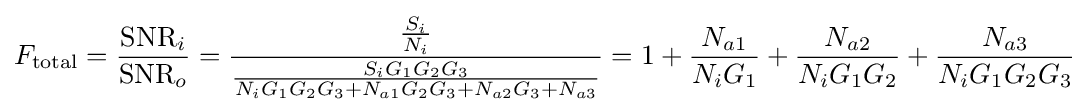
F_{\text{total}}={\frac {{\text{SNR}}_{i}}{{\text{SNR}}_{o}}}={\frac {\frac {S_{i}}{N_{i}}}{\frac {S_{i}G_{1}G_{2}G_{3}}{N_{i}G_{1}G_{2}G_{3}+N_{a1}G_{2}G_{3}+N_{a2}G_{3}+N_{a3}}}}=1+{\frac {N_{a1}}{N_{i}G_{1}}}+{\frac {N_{a2}}{N_{i}G_{1}G_{2}}}+{\frac {N_{a3}}{N_{i}G_{1}G_{2}G_{3}}}